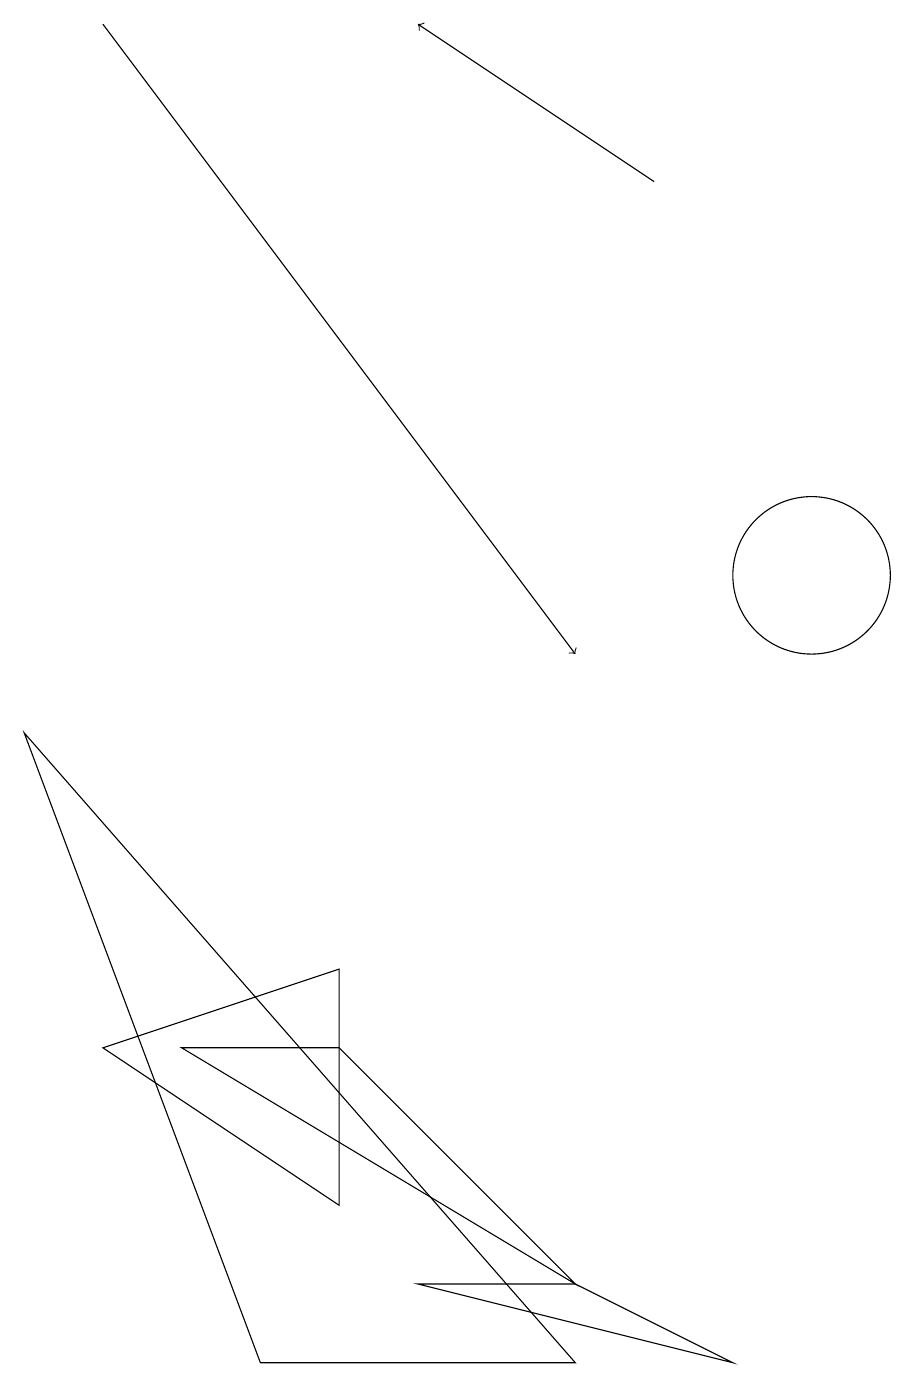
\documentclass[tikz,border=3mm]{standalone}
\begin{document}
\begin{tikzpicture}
\draw (1,5) -- (4,3) -- (4,6) -- cycle;
\draw (2,5) -- (7,2) -- (4,5) -- cycle;
\draw[->] (8,16) -- (5,18);
\draw (8,15) rectangle (8,15);
\draw (0,9) -- (7,1) -- (3,1) -- cycle;
\draw (10,11) circle (1);
\draw (7,2) -- (9,1) -- (5,2) -- cycle;
\draw[->] (1,18) -- (7,10);
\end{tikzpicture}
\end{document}